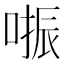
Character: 𠺲